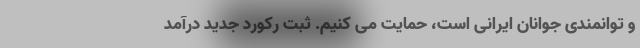
و توانمندی جوانان ایرانی است، حمایت می کنیم. ثبت رکورد جدید درآمد